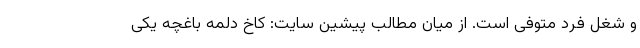
و شغل فرد متوفی است. از میان مطالب پیشین سایت: کاخ دلمه باغچه یکی